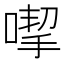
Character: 𠹙